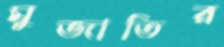
মুজাতির